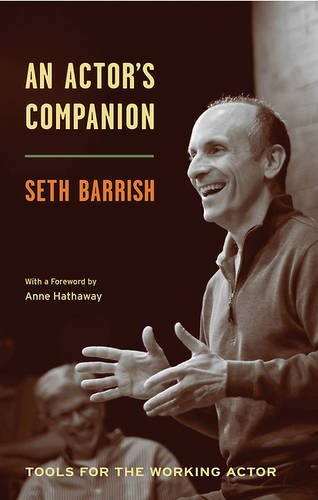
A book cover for An Actor's Companion: Tools for the Working Actor; Seth Barrish; Humor & Entertainment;